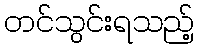
တင်သွင်းရသည့်